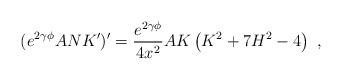
LaTeX: \begin{align*}(e^{2 \gamma \phi } ANK')' = \frac{e^{2 \gamma \phi }}{4 x^2} A K \left( K^2+7H^2-4 \right)\ , \end{align*}